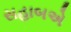
સહાબએ